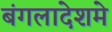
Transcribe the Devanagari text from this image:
बंगलादेशमे